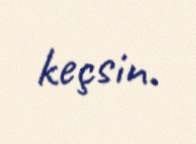
keçsin.